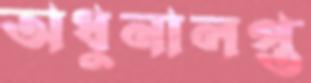
অধুনালপ্ত